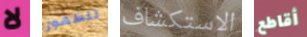
لا للظهور الاستكشاف أقاطع